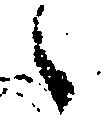
々